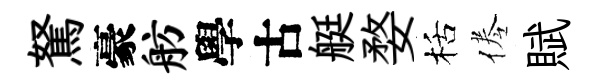
駑豪舫學古艇婺栝倦賦